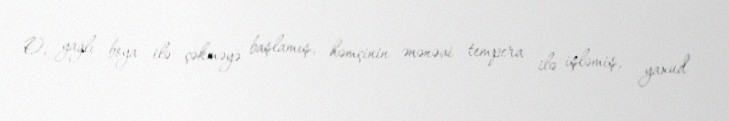
O, yağlı boya ilə çəkməyə başlamış, həmçinin ənənəvi tempera ilə işləmiş, yaxud